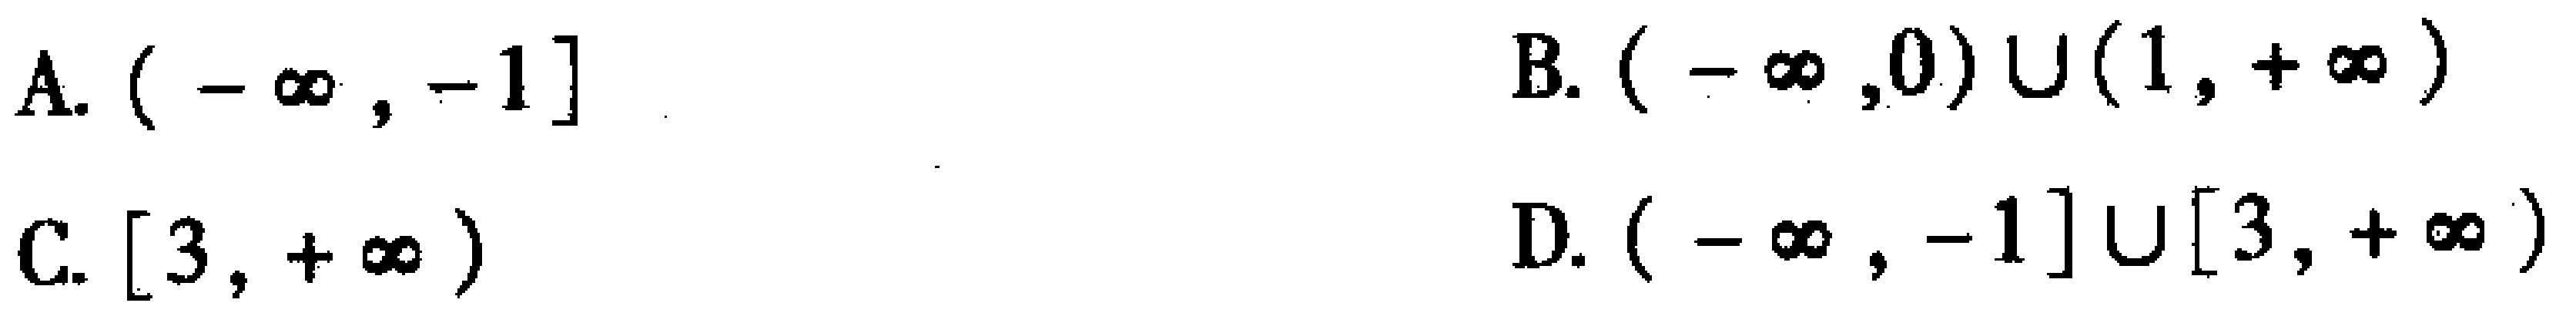
A. \((-\infty, -1]\)
B. \((-\infty,0)\cup(1, +\infty)\)
C. \([3, +\infty)\)
D. \((-\infty, -1]\cup[3, +\infty)\)